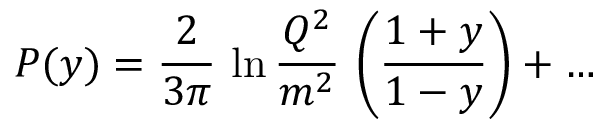
{ \cal P } ( y ) = { \frac { 2 } { 3 \pi } } \, \ln { \frac { Q ^ { 2 } } { m ^ { 2 } } } \, \left( \frac { 1 + y } { 1 - y } \right) + \dots